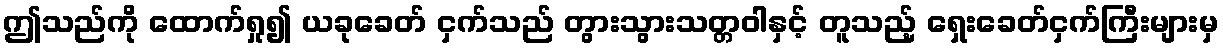
ဤသည်ကို ထောက်ရှု၍ ယခုခေတ် ငှက်သည် တွားသွားသတ္တဝါနှင့် တူသည့် ရှေးခေတ်ငှက်ကြီးများမှ